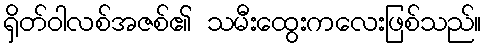
ရှိတ်ဝါလစ်အဇစ်၏ သမီးထွေးကလေးဖြစ်သည်။